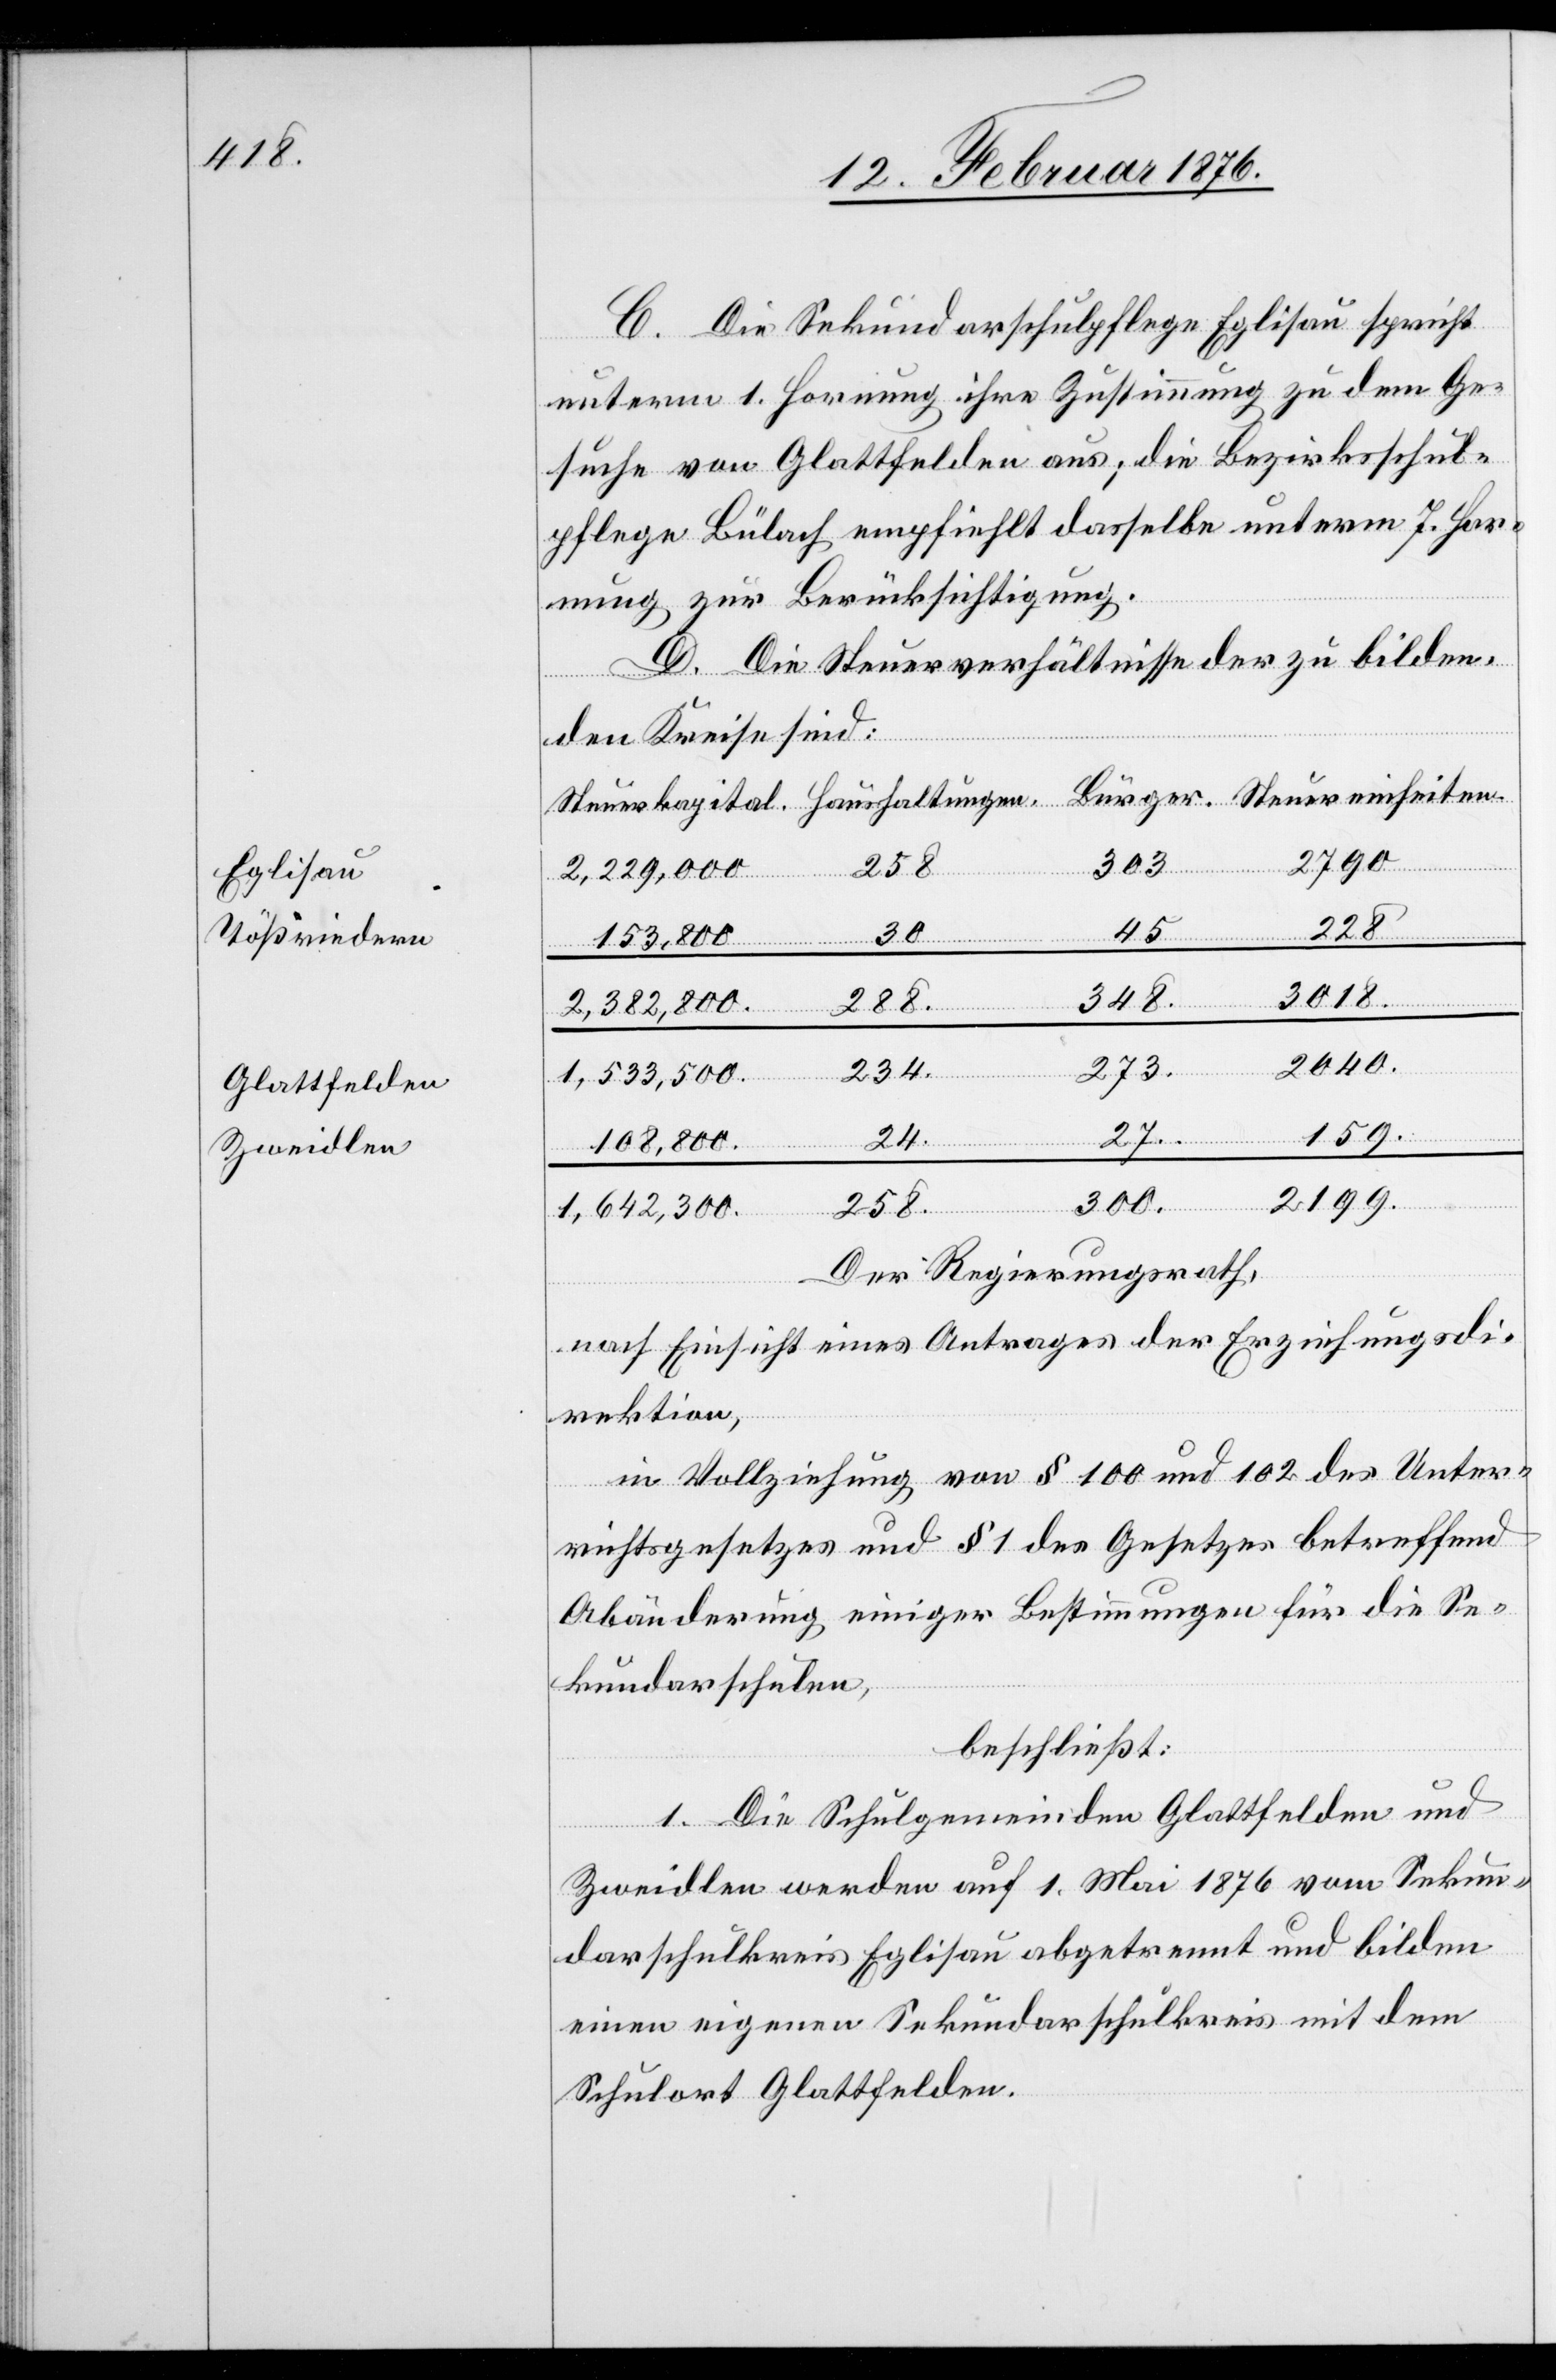
Eglisau
Tößriedern
Glattfelden
Zweidlen

C. Die Sekundarschulpflege Eglisau spricht
unterm 1. Hornung ihre Zustimmung zu dem Ge¬
suche von Glattfelden aus; die Bezirksschul¬
pflege Bülach empfiehlt dasselbe unterm 7. Hor¬
nung zur Berücksichtigung.
D. Die Steuerverhältnisse der zu bilden¬
den Kreise sind:
2790
303
258
2,229,000
228
45
30
153,800
3018.
348.
288.
2,382,800.
Steuereinheiten
2040.
273.
234.
1,533,500.
159.
27.
24.
108,800.
2199
300
1,642,300
Der Regierungsrath,
nach Einsicht eines Antrages der Erziehungsdi¬
rektion,
in Vollziehung von § 100 und 102 des Unter¬
richtsgesetzes und § 1 des Gesetzes betreffend
Abänderung einiger Bestimmungen für die Se¬
kundarschulen,
beschließt:
1. Die Schulgemeinden Glattfelden und
Zweidlen werden auf 1. Mai 1876 vom Sekun¬
darschulkreis Eglisau abgetrennt und bilden
einen eigenen Sekundarschulkreis mit dem
Schulort Glattfelden.